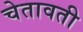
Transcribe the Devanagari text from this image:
चेतावती